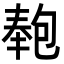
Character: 𭅏